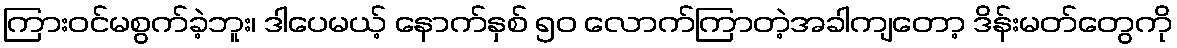
ကြားဝင်မစွက်ခဲ့ဘူး၊ ဒါပေမယ့် နောက်နှစ် ၅၀ လောက်ကြာတဲ့အခါကျတော့ ဒိန်းမတ်တွေကို